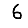
Digit: 6